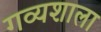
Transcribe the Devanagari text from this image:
गव्यशाला